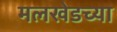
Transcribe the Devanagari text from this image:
मलखेडच्या